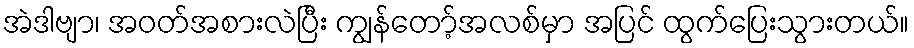
အဲဒါဗျာ၊ အဝတ်အစားလဲပြီး ကျွန်တော့်အလစ်မှာ အပြင် ထွက်ပြေးသွားတယ်။